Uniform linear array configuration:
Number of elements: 32
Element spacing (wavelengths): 0.5
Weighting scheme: hamming
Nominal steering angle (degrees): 30
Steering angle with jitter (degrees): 31.319
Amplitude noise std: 0.05
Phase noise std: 0.05

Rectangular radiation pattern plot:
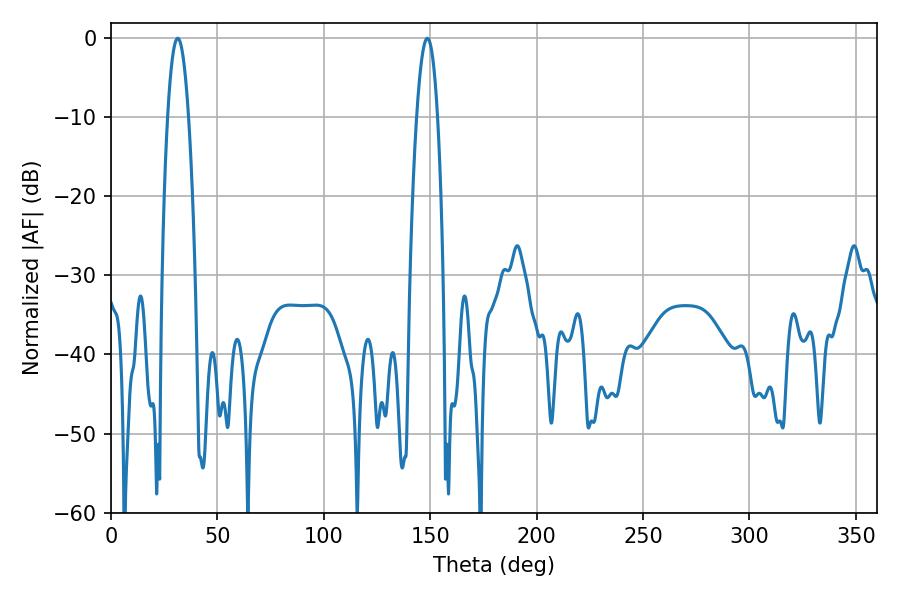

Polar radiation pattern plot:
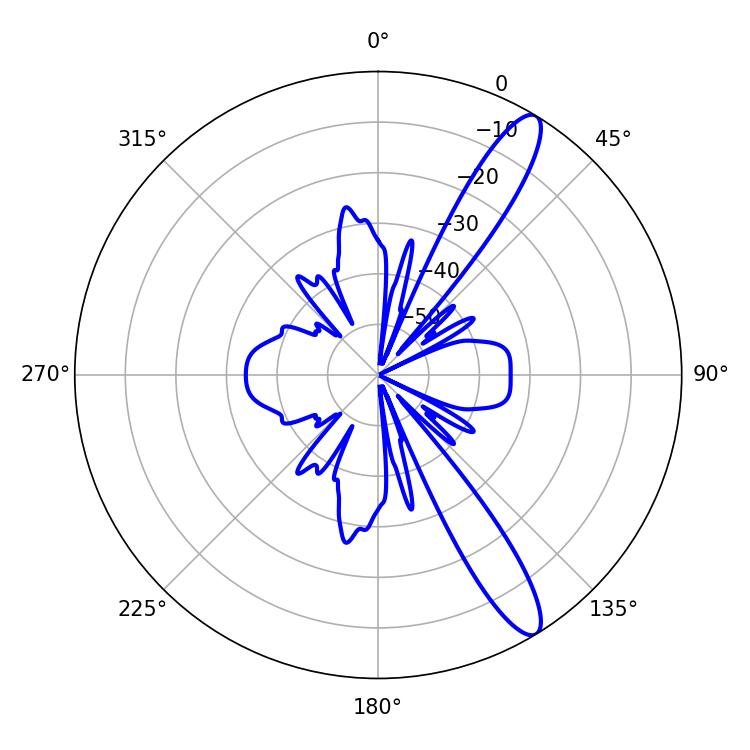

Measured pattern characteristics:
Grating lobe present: FALSE
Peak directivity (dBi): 12.75
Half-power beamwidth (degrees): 5.4
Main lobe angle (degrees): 31.32